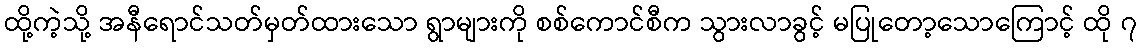
ထို့ကဲ့သို့ အနီရောင်သတ်မှတ်ထားသော ရွာများကို စစ်ကောင်စီက သွားလာခွင့် မပြုတော့သောကြောင့် ထို ၇